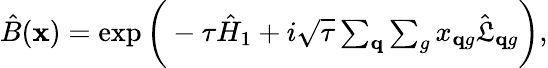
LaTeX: \begin{array}{r}{\hat{B}(\mathbf x)=\exp{\bigg(-\tau\hat{H}_{1}+i\sqrt{\tau}\sum_{\mathbf q}\sum_{g}x_{\mathbf qg}\hat{\mathfrak L}_{\mathbf qg}}\bigg),}\end{array}